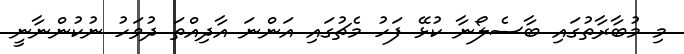
މި މުބާރާތުގައި ބާސެލޯނާ ކުޅޭ ފަހު މެޗުގައި އަންނަ އާދިއްތަ ދުވަހު ނުކުންނާނީ